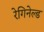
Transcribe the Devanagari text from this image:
रेगिनेल्‍ड